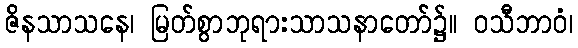
ဇိနသာသနေ၊ မြတ်စွာဘုရားသာသနာတော်၌။ ဝသီဘာဝံ၊